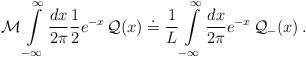
LaTeX: \begin{align*}{\cal M}\displaystyle\int\limits ^{\infty }_{-\infty }\displaystyle\frac{dx}{2\pi }\displaystyle\frac{1}{2}e^{-x}\, {\cal Q}(x)\doteq \displaystyle\frac{1}{L}\displaystyle\int\limits ^{\infty }_{-\infty }\displaystyle\frac{dx}{2\pi }e^{-x}\, {\cal Q}_{-}(x)\, .\end{align*}